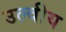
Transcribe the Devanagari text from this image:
उल्वीय